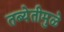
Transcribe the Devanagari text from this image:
तब्येतीमुळे